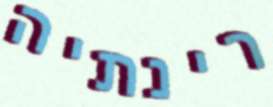
רינתיה